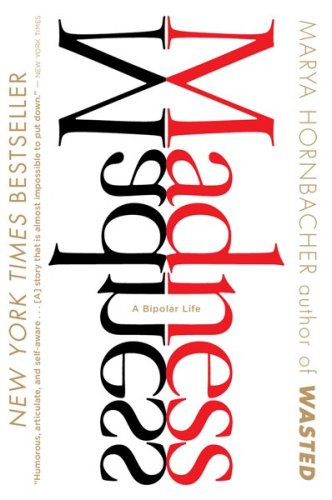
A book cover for Madness: A Bipolar Life; Marya Hornbacher; Medical Books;